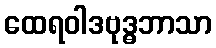
ထေရဝါဒဗုဒ္ဓဘာသာ